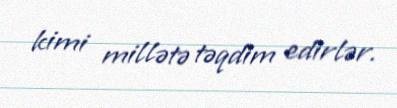
kimi millətə təqdim edirlər.